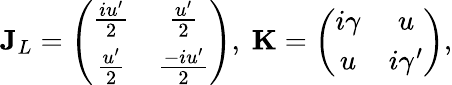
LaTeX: \mathbf{J}_{L}=\left(\begin{array}{cc}{\frac{iu^{\prime}}{2}}&{\frac{u^{\prime}}{2}}\\ {\frac{u^{\prime}}{2}}&{\frac{-iu^{\prime}}{2}}\end{array}\right),~\mathbf{K}=\left(\begin{array}{cc}{i\gamma}&{u}\\ {u}&{i\gamma^{\prime}}\end{array}\right),